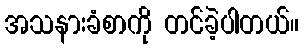
အသနားခံစာကို တင်ခဲ့ပါတယ်။